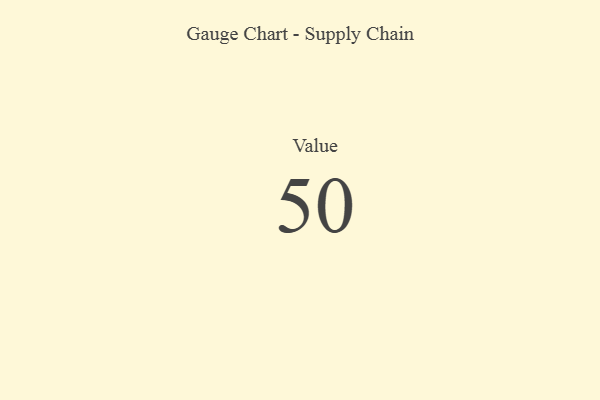
{"axis": {"x": "Metric", "y": "Value"}, "legend": [""], "data": [{"x": "Value", "y": 50, "type": ""}]}